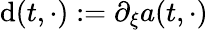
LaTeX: \mathrm{d}(t,\cdot):=\partial_{\xi}a(t,\cdot)